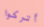
أتركوا